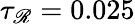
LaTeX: \tau_{\mathscr{R}}=0.025